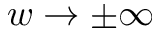
w \rightarrow \pm \infty